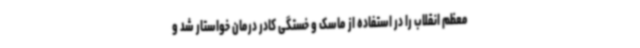
معظم انقلاب را در استفاده از ماسک و خستگی کادر درمان خواستار شد و